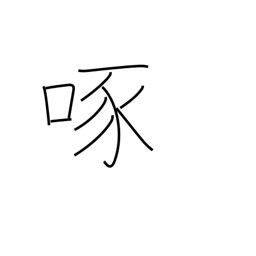
Meaning: peck